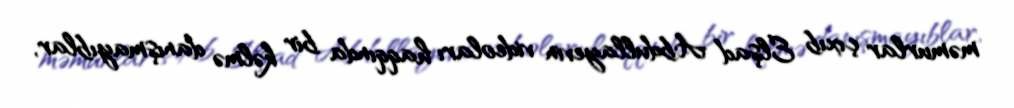
məmurlar çıxıb Elşad Abdullayevin videoları haqqında bir kəlmə danışmayıblar,